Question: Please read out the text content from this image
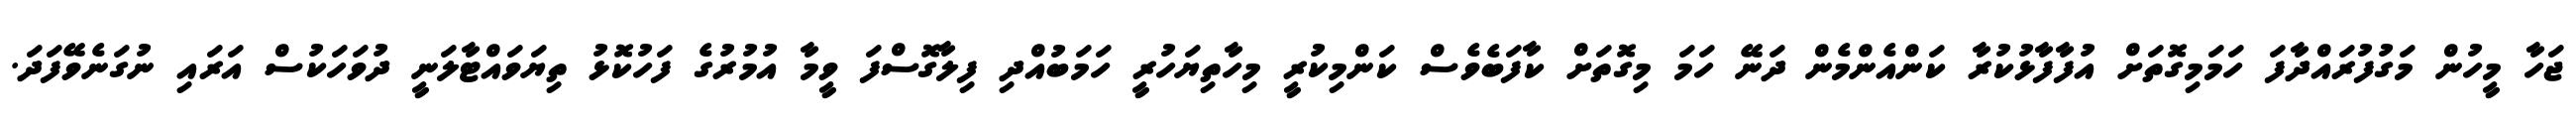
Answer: ޖަހާ މީހުން މަގުފުރައްދާފަ ހަމަމިގޮތަށް އުފާފާޅުކުރާ ކަންއެންމެން ދަނޭ ހަމަ މިގޮތަށް ކާފަބެވެސް ކަންމިކުރީ މިހާތިޔަހުރީ ހަމަބުއްދި ފިލާގޮސްފަ ވީމާ އުމުރުގެ ފަހުކޮޅު ތިޔަވައްޓާލަނީ ދުވަހަކުސް އަރައި ނުގަނެވޭފަދަ.